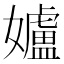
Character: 𮱚